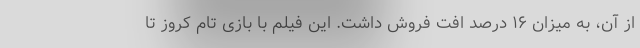
از آن، به میزان ۱۶ درصد افت فروش داشت. این فیلم با بازی تام کروز تا